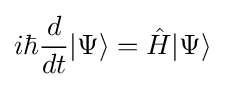
i\hbar {\frac {d}{dt}}|\Psi \rangle ={\hat {H}}|\Psi \rangle